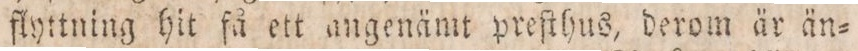
flyttning hit få ett angenämt preſthus, derom är än=